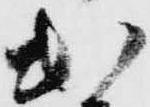
出